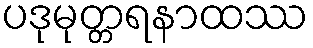
ပဒုမုတ္တရနာထဿ